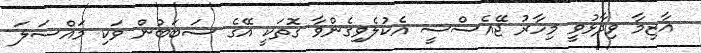
އާޒިމާ ވިދާޅުވީ މިހާރު ޖޭއެސްސީ އެކުލެވިގެންވާ ގޮތަކީ އޭގެ ސަބަބުން ވަކި މައްސަލަ